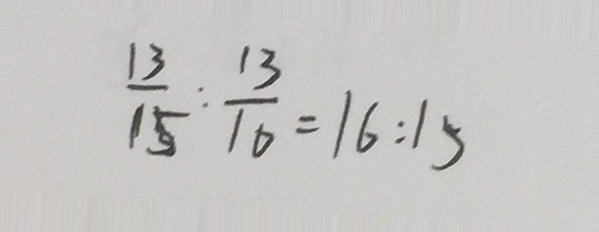
\frac { 1 3 } { 1 5 } : \frac { 1 3 } { 1 0 } = 1 6 : 1 5